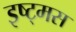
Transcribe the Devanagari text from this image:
इष्ट्मस